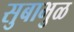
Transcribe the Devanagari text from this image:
सुबाभुळ